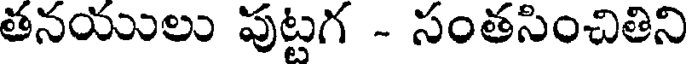
తనయులు పుట్టగ - సంతసించితిని